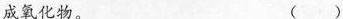
成氧化物。 ( )